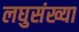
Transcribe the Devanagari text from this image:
लघुसंख्या